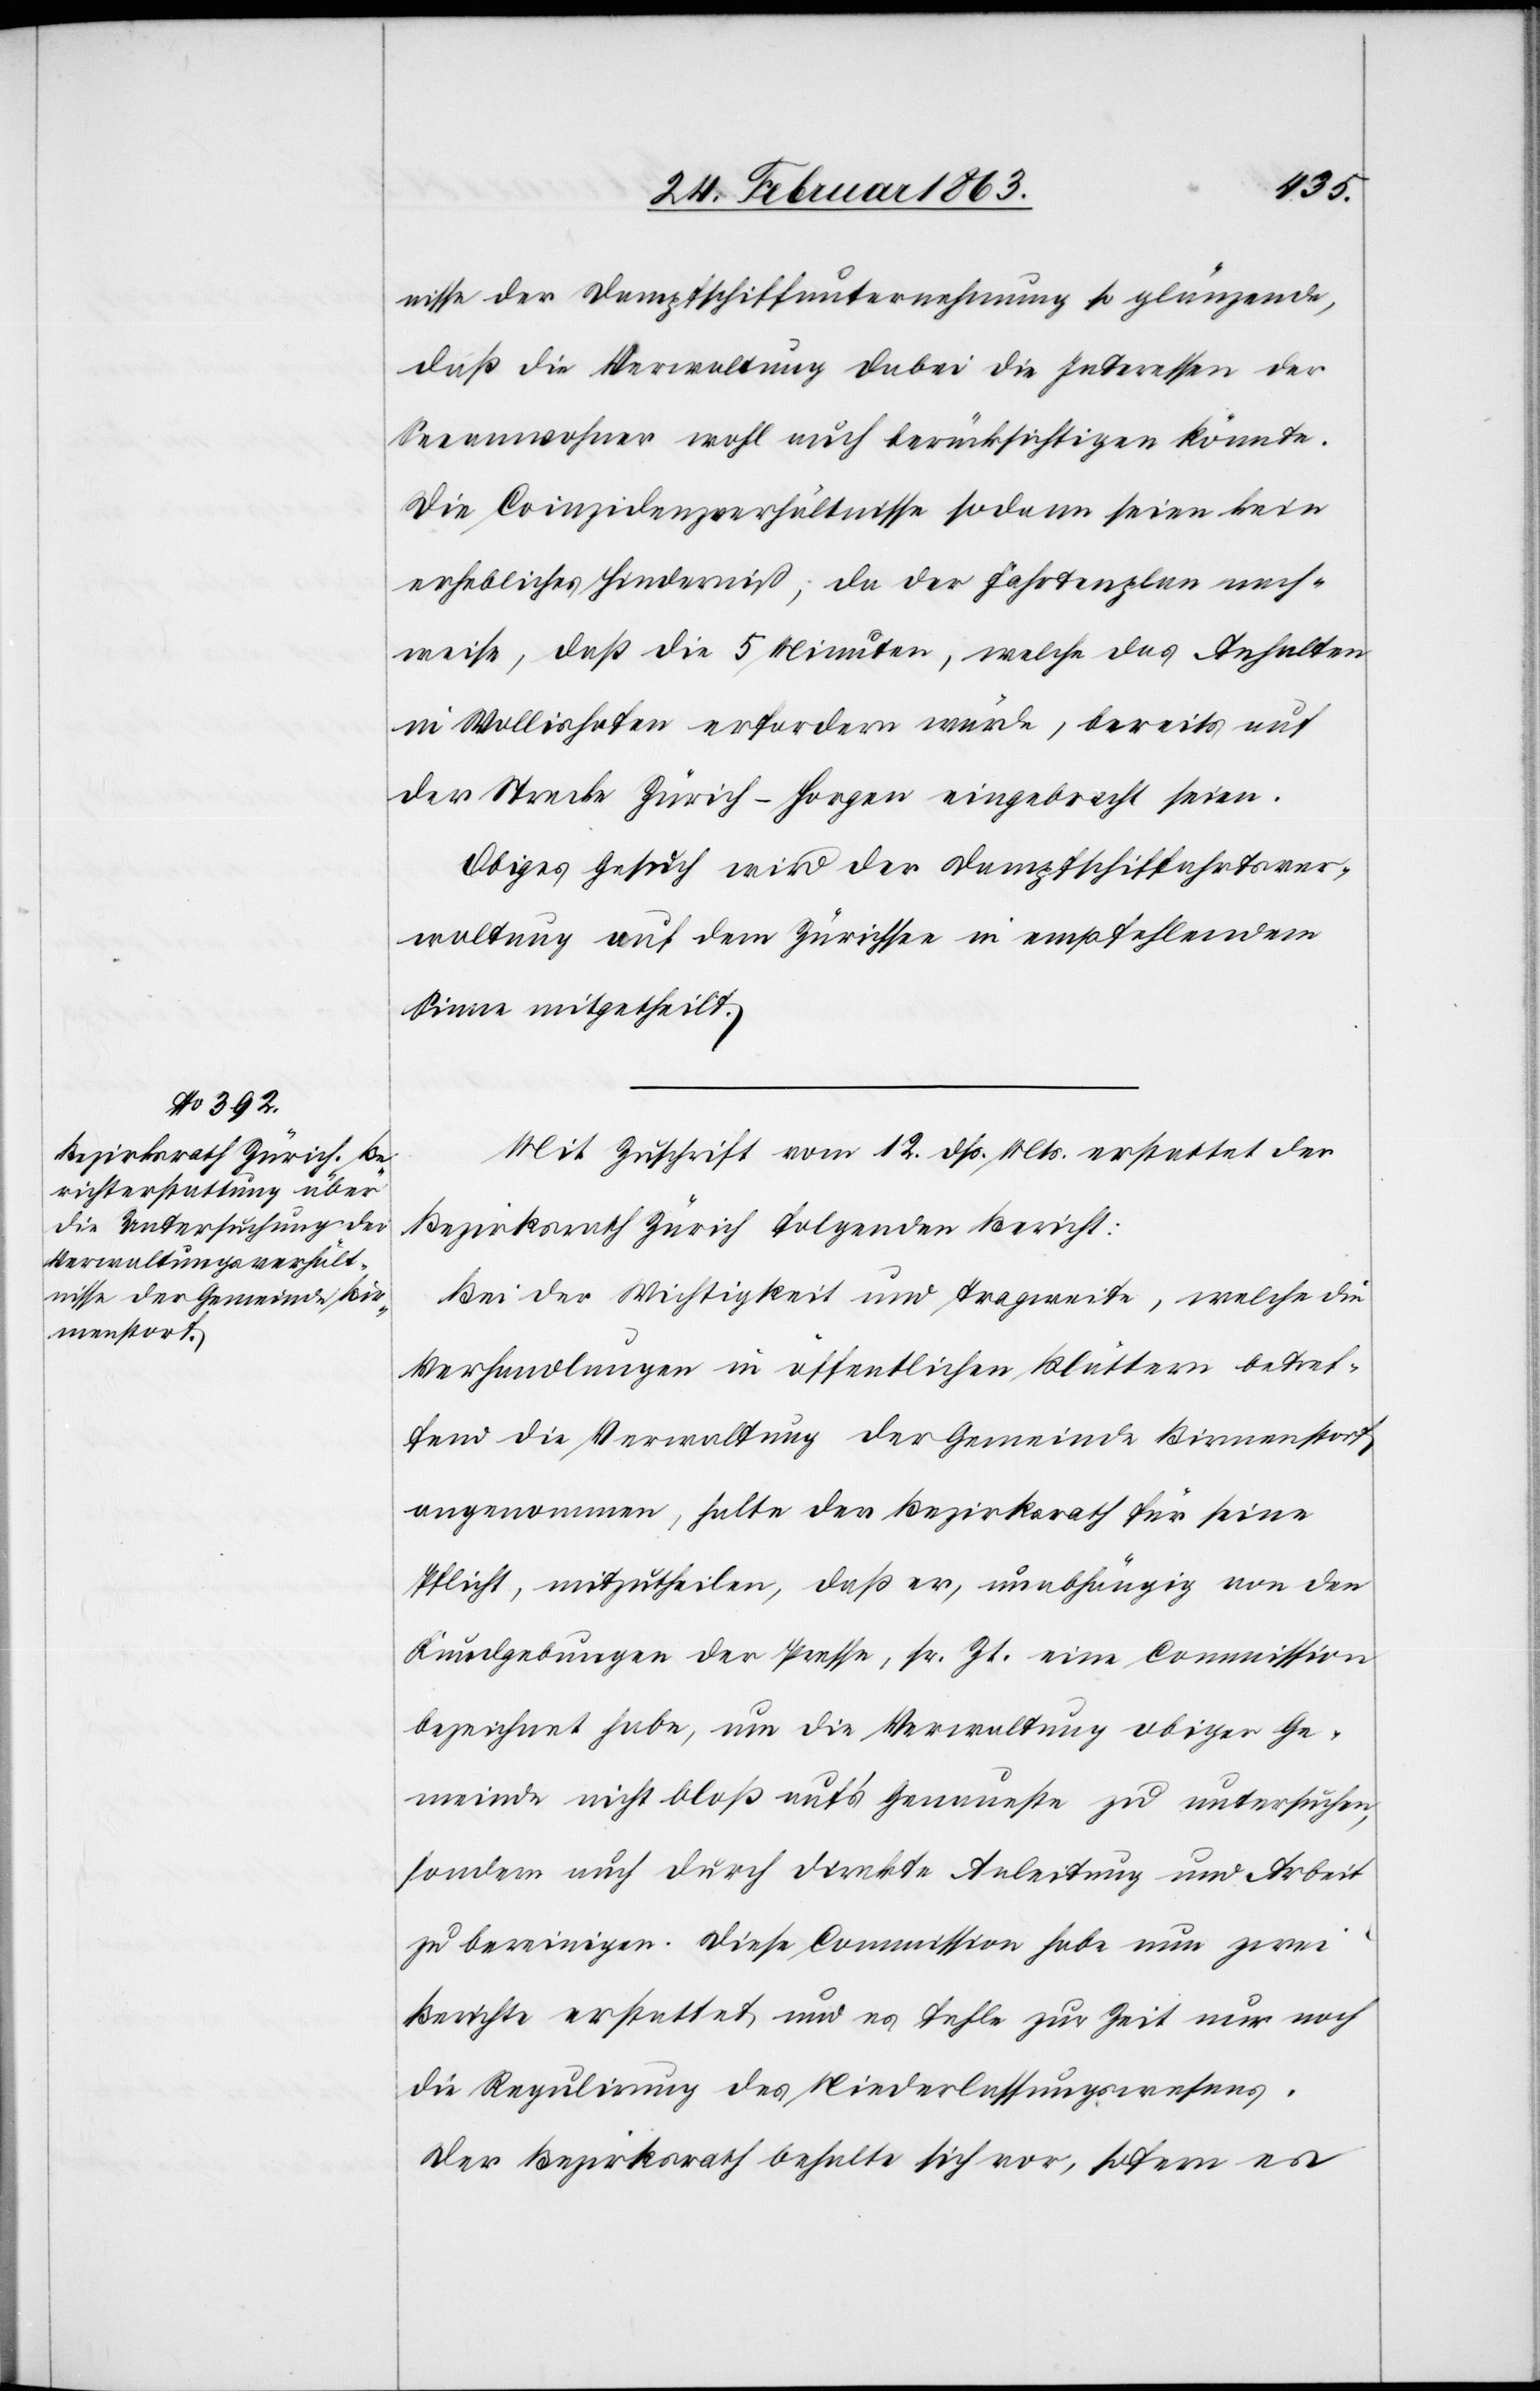
nisse der Dampfschiffunternehmung so glänzende,
daß die Verwaltung dabei die Interessen der
Seeanwohner wohl auch berücksichtigen könnte.
Die Coinzidenzverhältnisse sodann seien kein
erhebliches Hinderniß, da der Fahrtenplan nach¬
weise, daß die 5 Minuten, welche das Anhalten
in Wollishofen erfordern würde, bereits auf
der Strecke Zürich–Horgen eingebracht seien.
Obiges Gesuch wird der Dampfschiffahrtsver¬
waltung auf dem Zürichsee in empfehlendem
Sinne mitgetheilt.
Mit Zuschrift vom 12. dß. Mts. erstattet der
Bezirksrath Zürich folgenden Bericht:
Bei der Wichtigkeit und Tragweite, welche die
Verhandlungen in öffentlichen Blättern betref¬
fend die Verwaltung der Gemeinde Birmenstorf
angenommen, halte der Bezirksrath für seine
Pflicht, mitzutheilen, daß er, unabhängig von den
Kundgebungen der Presse, sr. Zt. eine Commission
bezeichnet habe, um die Verwaltung obiger Ge¬
meinde nicht bloß auf's Genaueste zu untersuchen,
sondern auch durch direkte Anleitung und Arbeit
zu bereinigen. Diese Commission habe nun zwei
Berichte erstattet und es fehle zur Zeit nur noch
die Regulirung des Niederlassungswesens.
Der Bezirksrath behalte sich vor, sofern es